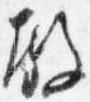
殿